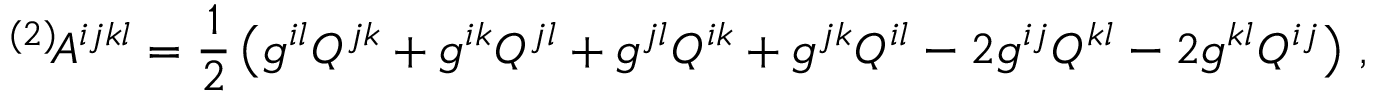
{ } ^ { ( 2 ) } \! A ^ { i j k l } = \frac 1 2 \left( g ^ { i l } Q ^ { j k } + g ^ { i k } Q ^ { j l } + g ^ { j l } Q ^ { i k } + g ^ { j k } Q ^ { i l } - 2 g ^ { i j } Q ^ { k l } - 2 g ^ { k l } Q ^ { i j } \right) \, ,